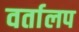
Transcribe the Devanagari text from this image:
वर्तालप